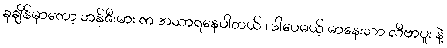
ခုချိန်မှာတော့ ဘန်ဇီးမား က အသာရနေပါတယ် ၊ ဒါပေမယ့် မာနေးသာ လီဗာပူး နဲ့